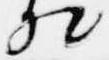
相